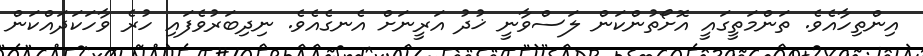
އިންތިހާއެވެ. ތަންމަތީގައީ އޮށޯތުންކަން ލަސްވާނީ ޚުދު އަރީނަށް އެނގެއެވެ. ނިދިބަރުވެފައި ހުރެ ވާހަކަދައްކަން